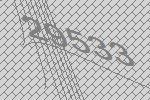
29533